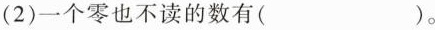
(2)一个零也不读的数有( )。